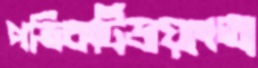
পত্রিকটিডায়াংতা